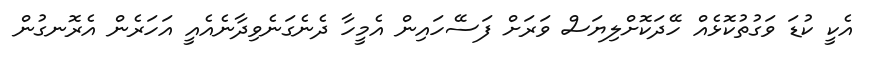
އެކީ ކުޑަ ވަގުތުކޮޅެއް ހޭދަކޮށްލިޔަސް ވަރަށް ފަސޭހައިން އެމީހާ ދެނެގަނެވިދާނެއެއީ އަހަރެން އެރޮނގުން